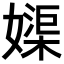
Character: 𡡥